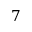
7